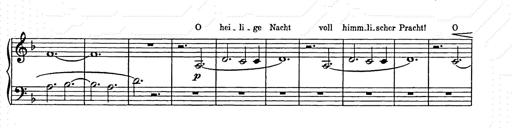
Title: Weihnachtsbaum
Composer: Franz Liszt